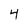
Character: 4